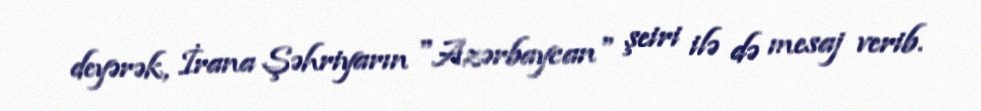
deyərək, İrana Şəhriyarın "Azərbaycan" şeiri ilə də mesaj verib.